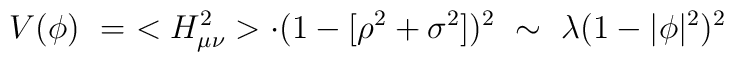
V(\phi) \ = \ <H_{\mu\nu}^2> \cdot (1 -  [\rho^2 + \sigma^2])^2\ \sim \ \lambda ( 1 - |\phi |^2 )^2